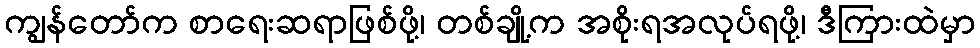
ကျွန်တော်က စာရေးဆရာဖြစ်ဖို့၊ တစ်ချို့က အစိုးရအလုပ်ရဖို့၊ ဒီကြားထဲမှာ